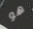
هو